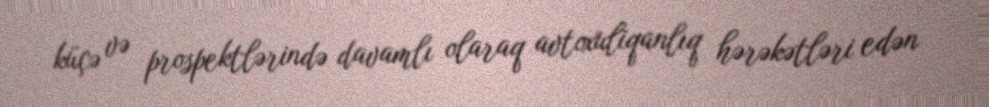
küçə və prospektlərində davamlı olaraq avtoxuliqanlıq hərəkətləri edən